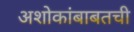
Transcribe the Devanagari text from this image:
अशोकांबाबतची